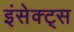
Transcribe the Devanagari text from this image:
इंसेक्ट्स